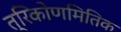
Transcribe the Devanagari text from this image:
त्रिकोणमितिक